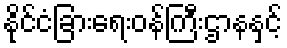
နိုင်ငံခြားရေးဝန်ကြီးဌာနနှင့်